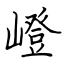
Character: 嶝